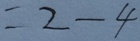
= 2 - 4